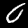
Label: 0